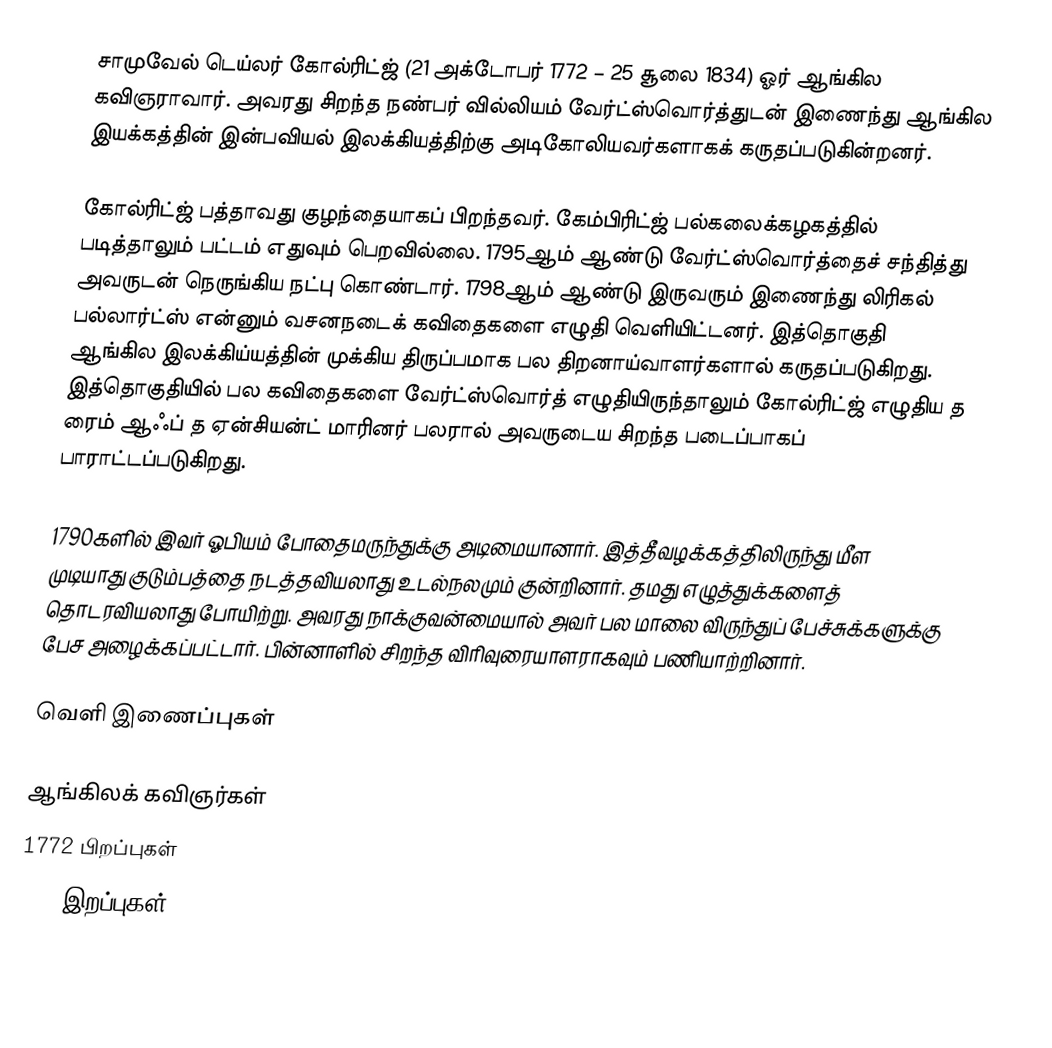
சாமுவேல் டெய்லர் கோல்ரிட்ஜ் (21 அக்டோபர் 1772 – 25 சூலை 1834) ஓர் ஆங்கில கவிஞராவார். அவரது சிறந்த நண்பர் வில்லியம் வேர்ட்ஸ்வொர்த்துடன் இணைந்து ஆங்கில இயக்கத்தின் இன்பவியல் இலக்கியத்திற்கு அடிகோலியவர்களாகக் கருதப்படுகின்றனர்.

கோல்ரிட்ஜ் பத்தாவது குழந்தையாகப் பிறந்தவர். கேம்பிரிட்ஜ் பல்கலைக்கழகத்தில் படித்தாலும் பட்டம் எதுவும் பெறவில்லை. 1795ஆம் ஆண்டு வேர்ட்ஸ்வொர்த்தைச் சந்தித்து அவருடன் நெருங்கிய நட்பு கொண்டார். 1798ஆம் ஆண்டு இருவரும் இணைந்து லிரிகல் பல்லார்ட்ஸ் என்னும் வசனநடைக் கவிதைகளை எழுதி வெளியிட்டனர். இத்தொகுதி ஆங்கில இலக்கிய்யத்தின் முக்கிய திருப்பமாக பல திறனாய்வாளர்களால் கருதப்படுகிறது. இத்தொகுதியில் பல கவிதைகளை வேர்ட்ஸ்வொர்த் எழுதியிருந்தாலும் கோல்ரிட்ஜ் எழுதிய த ரைம் ஆஃப் த ஏன்சியன்ட் மாரினர் பலரால் அவருடைய சிறந்த படைப்பாகப் பாராட்டப்படுகிறது.

1790களில் இவர் ஓபியம் போதைமருந்துக்கு அடிமையானார். இத்தீவழக்கத்திலிருந்து மீள முடியாது குடும்பத்தை நடத்தவியலாது உடல்நலமும் குன்றினார். தமது எழுத்துக்களைத் தொடரவியலாது போயிற்று. அவரது நாக்குவன்மையால் அவர் பல மாலை விருந்துப் பேச்சுக்களுக்கு பேச அழைக்கப்பட்டார். பின்னாளில் சிறந்த விரிவுரையாளராகவும் பணியாற்றினார்.

வெளி இணைப்புகள்

ஆங்கிலக் கவிஞர்கள்
1772 பிறப்புகள்
1834 இறப்புகள்